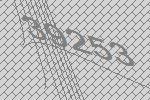
39253